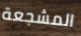
المشجعة